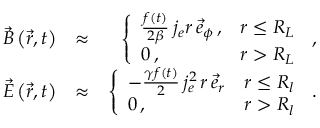
\begin{array} { r l r } { \vec { B } \left( \vec { r } , t \right) } & { \approx } & { \left\{ \begin{array} { l l } { \frac { f ( t ) } { 2 \beta } \, j _ { e } r \, \vec { e } _ { \phi } \, , } & { r \le R _ { L } } \\ { 0 \, , } & { r > R _ { L } } \end{array} \right. \, , } \\ { \vec { E } \left( \vec { r } , t \right) } & { \approx } & { \left\{ \begin{array} { l l } { - \frac { \gamma f ( t ) } { 2 } \, j _ { e } ^ { 2 } \, r \, \vec { e } _ { r } } & { r \le R _ { l } } \\ { 0 \, , } & { r > R _ { l } } \end{array} \right. \, . } \end{array}